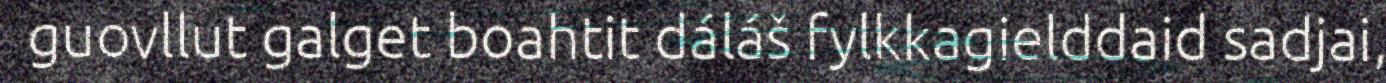
guovllut galget boahtit dáláš fylkkagielddaid sadjai,